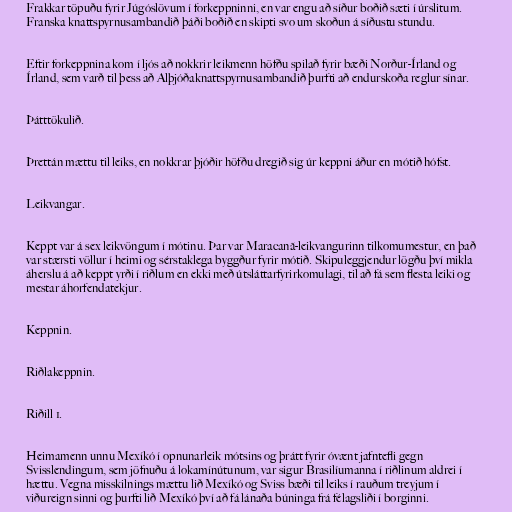
Frakkar töpuðu fyrir Júgóslövum í forkeppninni, en var engu að síður boðið sæti í úrslitum.
Franska knattspyrnusambandið þáði boðið en skipti svo um skoðun á síðustu stundu.

Eftir forkeppnina kom í ljós að nokkrir leikmenn höfðu spilað fyrir bæði Norður-Írland og
Írland, sem varð til þess að Alþjóðaknattspyrnusambandið þurfti að endurskoða reglur sínar.

Þátttökulið.

Þrettán mættu til leiks, en nokkrar þjóðir höfðu dregið sig úr keppni áður en mótið hófst.

Leikvangar.

Keppt var á sex leikvöngum í mótinu. Þar var Maracanã-leikvangurinn tilkomumestur, en það
var stærsti völlur í heimi og sérstaklega byggður fyrir mótið. Skipuleggjendur lögðu því mikla
áherslu á að keppt yrði í riðlum en ekki með útsláttarfyrirkomulagi, til að fá sem flesta leiki og
mestar áhorfendatekjur.

Keppnin.

Riðlakeppnin.

Riðill 1.

Heimamenn unnu Mexíkó í opnunarleik mótsins og þrátt fyrir óvænt jafntefli gegn
Svisslendingum, sem jöfnuðu á lokamínútunum, var sigur Brasilíumanna í riðlinum aldrei í
hættu. Vegna misskilnings mættu lið Mexíkó og Sviss bæði til leiks í rauðum treyjum í
viðureign sinni og þurfti lið Mexíkó því að fá lánaða búninga frá félagsliði í borginni.